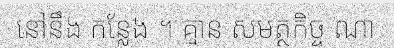
នៅនឹង កន្លែង ។ គ្មាន សមត្ថកិច្ច ណា